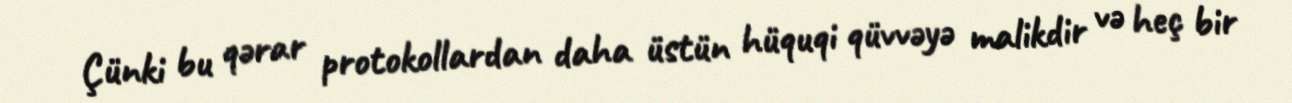
Çünki bu qərar protokollardan daha üstün hüquqi qüvvəyə malikdir və heç bir